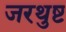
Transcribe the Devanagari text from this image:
जरथुष्ट